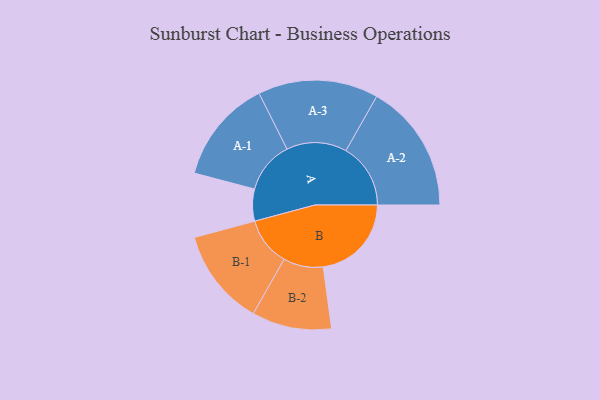
{"axis": {"x": "Segment", "y": "Value"}, "legend": ["", "A", "B"], "data": [{"x": "A", "y": 121, "type": ""}, {"x": "B", "y": 334, "type": ""}, {"x": "A-1", "y": 197, "type": "A"}, {"x": "A-2", "y": 245, "type": "A"}, {"x": "A-3", "y": 228, "type": "A"}, {"x": "B-1", "y": 184, "type": "B"}, {"x": "B-2", "y": 151, "type": "B"}]}